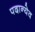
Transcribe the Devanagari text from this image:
पदान्येव